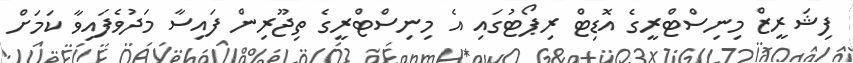
ފިޝަރީޒް މިނިސްޓްރީގެ އޮޑިޓް ރިޕޯޓުގައި އެ މިނިސްޓްރީގެ ތިޖޫރިން ފައިސާ މަދުވެފައިވާ ކަމަށް